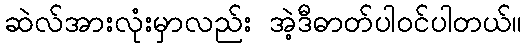
ဆဲလ်အားလုံးမှာလည်း အဲ့ဒီဓာတ်ပါဝင်ပါတယ်။